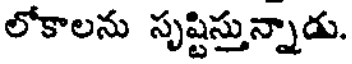
లోకాలను సృష్టిస్తున్నాడు.